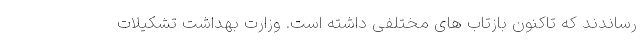
رساندند که تاکنون بازتاب های مختلفی داشته است. وزارت بهداشت تشکیلات